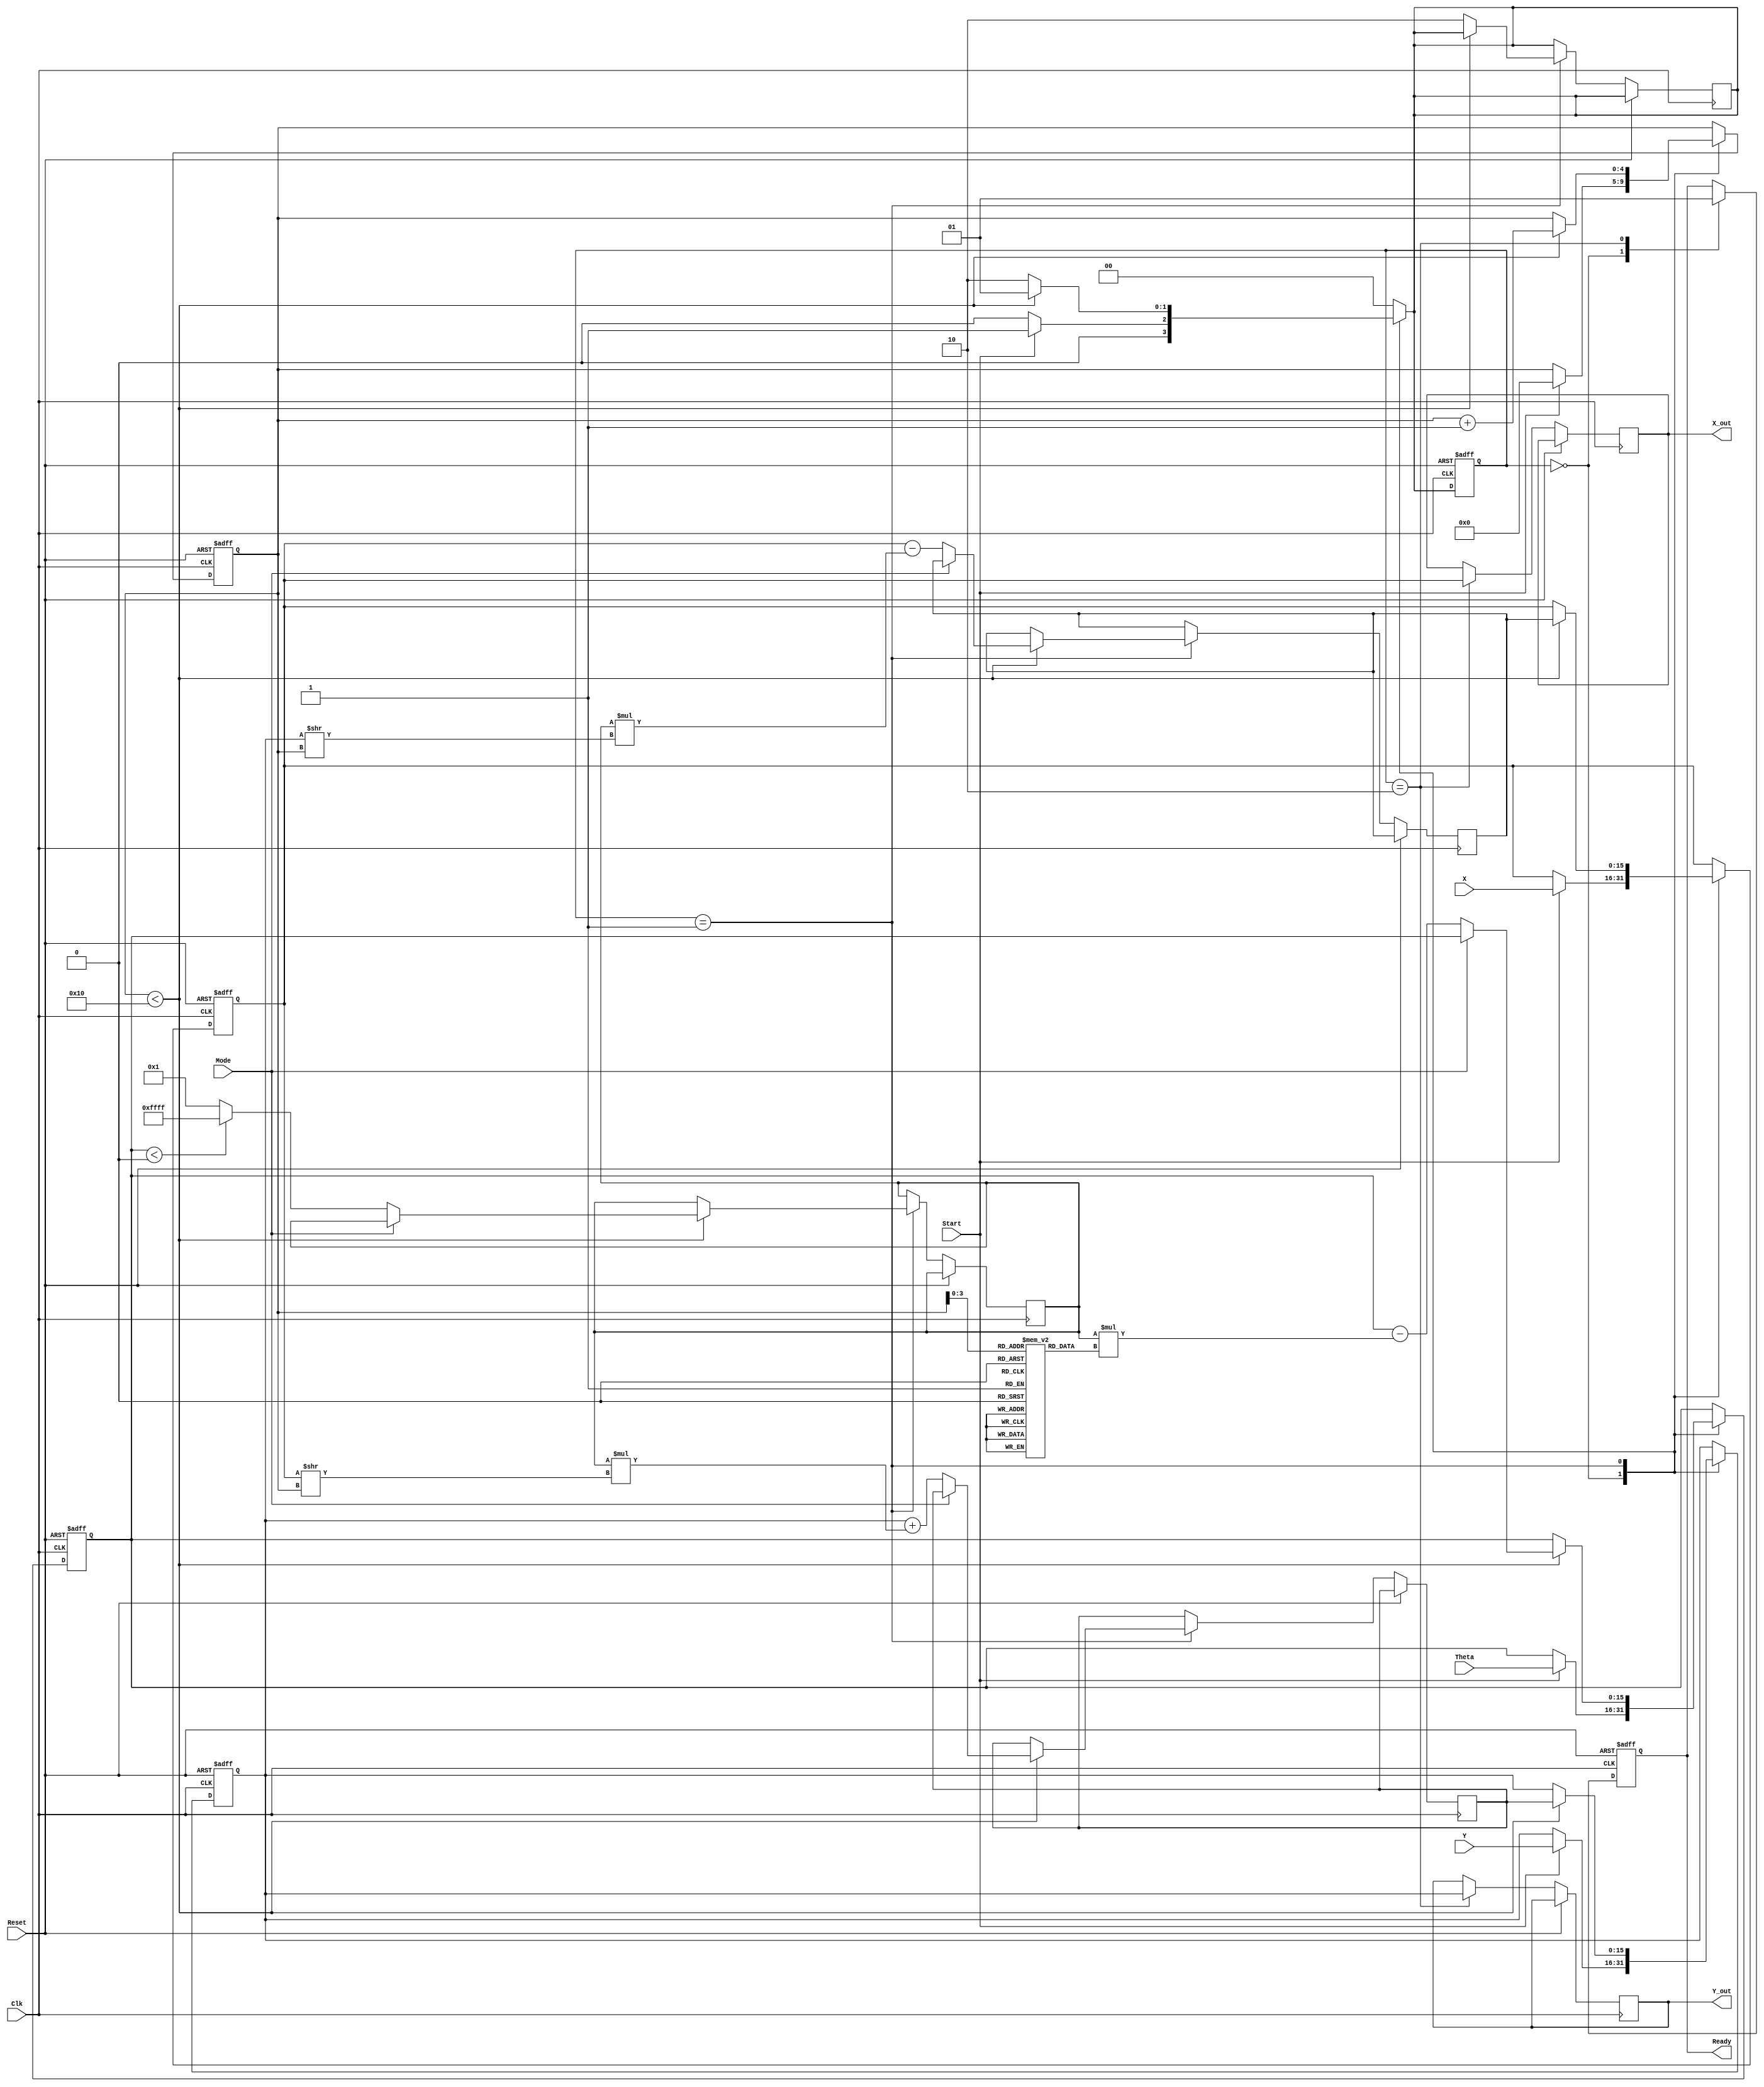
module ComplexCORDIC #(
    parameter DATA_WIDTH = 16, // Bit-width for fixed-point representation
    parameter ITERATIONS = 16   // Number of CORDIC iterations
)(
    input  wire [DATA_WIDTH-1:0] X,       // Real part of the input complex number
    input  wire [DATA_WIDTH-1:0] Y,       // Imaginary part of the input complex number
    input  wire [DATA_WIDTH-1:0] Theta,    // Angle of rotation
    input  wire Mode,                       // Operation mode (0: rotation, 1: vectoring)
    input  wire Start,                      // Signal to initiate the computation
    input  wire Clk,                       // Clock signal
    input  wire Reset,                     // Asynchronous reset
    output reg [DATA_WIDTH-1:0] X_out,     // Real part of the output complex number
    output reg [DATA_WIDTH-1:0] Y_out,     // Imaginary part of the output complex number
    output reg Ready                       // Signal indicating completion of the computation
);

    reg [DATA_WIDTH-1:0] X_reg, Y_reg;      // Registers for input values
    reg [DATA_WIDTH-1:0] Theta_reg;          // Register for current angle
    reg [4:0] iteration_count;                // Iteration counter
    reg [1:0] state;                          // FSM state
    reg [1:0] next_state;                     // Next state for FSM
    reg signed [DATA_WIDTH-1:0] X_new, Y_new; // New X and Y values
    reg signed [DATA_WIDTH-1:0] d;           // Direction for rotation

    // FSM states
    localparam IDLE     = 2'b00;
    localparam COMPUTE  = 2'b01;
    localparam OUTPUT    = 2'b10;

    // CORDIC angle lookup table
    reg [DATA_WIDTH-1:0] atan_table [0:ITERATIONS-1];
    initial begin
        // Initialize atan_table with values of arctan(2^-i)
        // This can be filled based on pre-calculated values
        atan_table[0] = 16'h3C90; // atan(1) = 45 degrees
        // Fill in other values...
    end

    // Sequential logic for state transitions and output generation
    always @(posedge Clk or posedge Reset) begin
        if (Reset) begin
            X_reg <= 0;
            Y_reg <= 0;
            Theta_reg <= 0;
            iteration_count <= 0;
            state <= IDLE;
            Ready <= 0;
        end else begin
            state <= next_state;
            case (state)
                IDLE: begin
                    Ready <= 0;
                    if (Start) begin
                        X_reg <= X;
                        Y_reg <= Y;
                        Theta_reg <= Theta;
                        iteration_count <= 0;
                    end
                end
                COMPUTE: begin
                    if (iteration_count < ITERATIONS) begin
                        if (Mode == 0) begin // Rotation mode
                            d <= (Theta_reg < 0) ? -1 : 1; // Determine direction
                            X_new <= X_reg - (d * (Y_reg >> iteration_count));
                            Y_new <= Y_reg + (d * (X_reg >> iteration_count));
                            Theta_reg <= Theta_reg - (d * atan_table[iteration_count]);
                        end else begin // Vectoring mode
                            // Vectoring logic
                        end
                        X_reg <= X_new;
                        Y_reg <= Y_new;
                        iteration_count <= iteration_count + 1;
                    end else begin
                        next_state <= OUTPUT;
                    end
                end
                OUTPUT: begin
                    X_out <= X_reg;
                    Y_out <= Y_reg;
                    Ready <= 1;
                end
            endcase
        end
    end

    // Combinational logic for determining the next state
    always @(*) begin
        case (state)
            IDLE: begin
                if (Start) begin
                    next_state = COMPUTE;
                end else begin
                    next_state = IDLE;
                end
            end
            COMPUTE: begin
                if (iteration_count < ITERATIONS) begin
                    next_state = COMPUTE;
                end else begin
                    next_state = OUTPUT;
                end
            end
            OUTPUT: begin
                next_state = IDLE; // Return to IDLE after output
            end
            default: next_state = IDLE;
        endcase
    end

endmodule